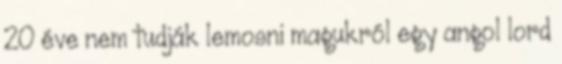
20 éve nem tudják lemosni magukról egy angol lord